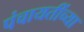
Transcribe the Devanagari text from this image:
पंचायतींच्या